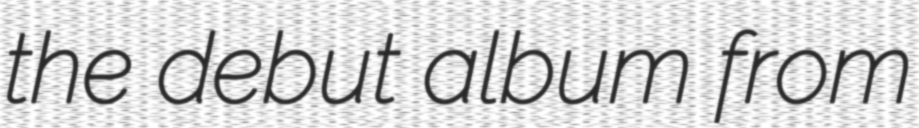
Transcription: the debut album from